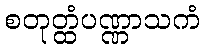
စတုတ္ထံပဏ္ဏာသကံ